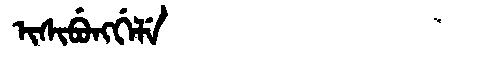
Manchu: ᡳᠰᡳᠪᡠᠩᡤᡝᠯᡝ
Romanization: ISIBUNGGELE